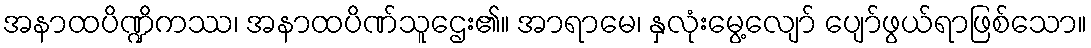
အနာထပိဏ္ဍိကဿ၊ အနာထပိဏ်သူဌေး၏။ အာရာမေ၊ နှလုံးမွေ့လျော် ပျော်ဖွယ်ရာဖြစ်သော။